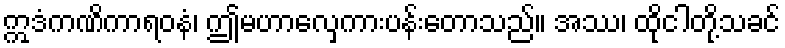
ဣဒံကဏိကာရဝနံ၊ ဤမဟာလှေကားပန်းတောသည်။ အဿ၊ ထိုငါတို့သခင်